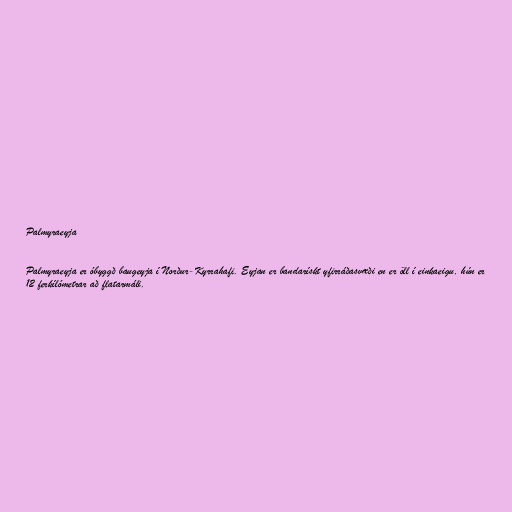
Palmyraeyja

Palmyraeyja er óbyggð baugeyja í Norður-Kyrrahafi. Eyjan er bandarískt yfirráðasvæði en er öll í einkaeigu, hún er
12 ferkílómetrar að flatarmáli.